Lunatic asylums Burma 1907-21 - 1907-1921
Year: 1907
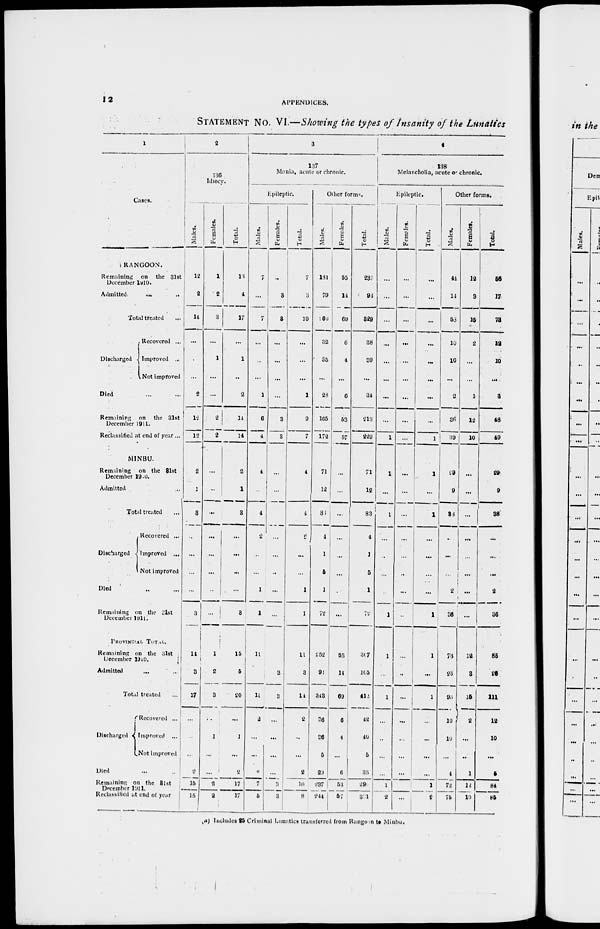
12
APPENDICES.
STATEMENT No. VI.—Showing the types of Insanity of the Lunatics
1
Cases.
RANGOON.
Remaining
on the 31st
December 1910.
Admitted.
...
...
Total treated ...
Discharged
Recovered ...
Improved ...
Not improved
Died ... ...
Remaining
on the 31st
December 1911.
Reclassified at end of year ...
MINBU.
Remaining
on the 31st
December 1910.
Admitted ... ...
Total treated ...
Discharged
Recovered ...
Improved ...
Not improved
Died ... ...
Remaining on the 31st
December 1911.
PROVINCIAL TOTAL.
Remaining on the 3lst
December 1910.
Admitted ...
Total treated ...
Discharged
Recovered ...
Improved
...
Not improved
Died ... ...
Remaining on the 31st
December 1911
Reclassified at end of year
2
136
Idiocy.
Males.
12
2
14
...
...
...
2
12
12
2
1
3
...
...
...
...
3
14
3
17
...
...
...
2
15
15
Females.
1
2
3
...
1
...
...
2
2
...
...
...
...
...
...
...
...
1
2
3
...
1
...
...
2
2
Total.
13
4
17
...
1
...
2
14
14
2
1
3
...
...
...
...
3
15
5
20
...
1
...
2
17
17
3
137
Mania, acute or chronic.
Epileptic.
Males.
7
...
7
...
...
...
1
6
4
1
...
1
2
...
...
1
1
11
11
2
...
...
2
7
5
Females.
...
3
3
...
...
...
...
3
3
...
...
...
...
...
...
...
...
...
3
3
...
...
...
...
3
3
Total.
7
3
10
...
...
...
1
9
7
1
...
4
2
...
...
1
1
11
3
11
2
...
...
2
10
8
Other forms.
Males.
181
79
260
32
35
...
28
105
172
71
12
83
4
1
5
1
72
252
91
343
36
36
5
29
237
244
Females.
55
14
69
6
4
...
6
53
57
...
...
...
...
...
...
...
...
55
14
...
6
4
...
6
53
57
Total.
236
93
329
38
39
...
34
213
229
71
12
83
4
1
5
1
72
307
105
412
42
40
5
35
290
301
4
138
Melancholia, acute or chronic.
Epileptic.
Males.
...
...
...
...
...
...
...
...
1
1
...
1
...
...
...
...
1
1
...
1
...
...
...
...
1
2
Females.
...
...
...
...
...
...
...
...
...
...
...
...
...
...
...
...
...
...
...
...
...
...
...
...
...
Total.
...
...
...
...
...
...
...
...
1
1
...
1
...
...
...
...
1
1
...
1
...
...
...
...
1
2
Other forms.
Males
44
14
53
10
10
...
2
36
39
29
9
38
...
...
...
2
36
73
23
95
10
10
...
4
72
75
Females.
12
3
15
2
...
...
1
12
10
...
...
...
...
...
...
...
12
3
15
2
...
...
1
12
10
Total.
56
17
78
12
10
...
3
48
49
29
9
38
...
...
...
2
36
85
26
111
12
10
...
5
84
85
(a) Includes 25 Criminal Lunatics transferred from Rangoon to Minbu.